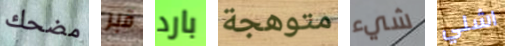
مضحك قبر بارد متوهجة شيء اشلي